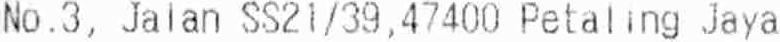
NO.3, JALAN SS21/39,47400 PETALING JAYA